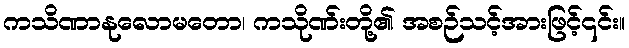
ကသိဏာနုလောမတော၊ ကသိုဏ်းတို့၏ အစဉ်သင့်အားဖြင့်၎င်း။